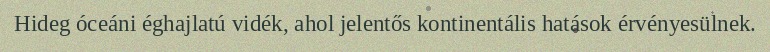
Hideg óceáni éghajlatú vidék, ahol jelentős kontinentális hatások érvényesülnek.